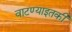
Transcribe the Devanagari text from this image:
वाटण्याइतकी